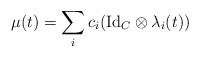
\begin{align*}\mu(t) = \sum_{i} c_i(\mathrm{Id}_{C}\otimes \lambda_i(t))\end{align*}